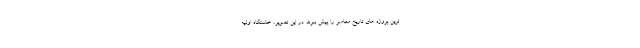
ترین پروژه های تاریخ معاصر را پیش ببرند. در این تصویر، خاستگاه اولیه